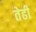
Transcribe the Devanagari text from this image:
तेढी